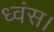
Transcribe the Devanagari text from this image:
ध्वंस।